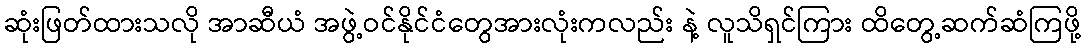
ဆုံးဖြတ်ထားသလို အာဆီယံ အဖွဲ့ဝင်နိုင်ငံတွေအားလုံးကလည်း နဲ့ လူသိရှင်ကြား ထိတွေ့ဆက်ဆံကြဖို့